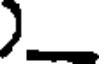
)